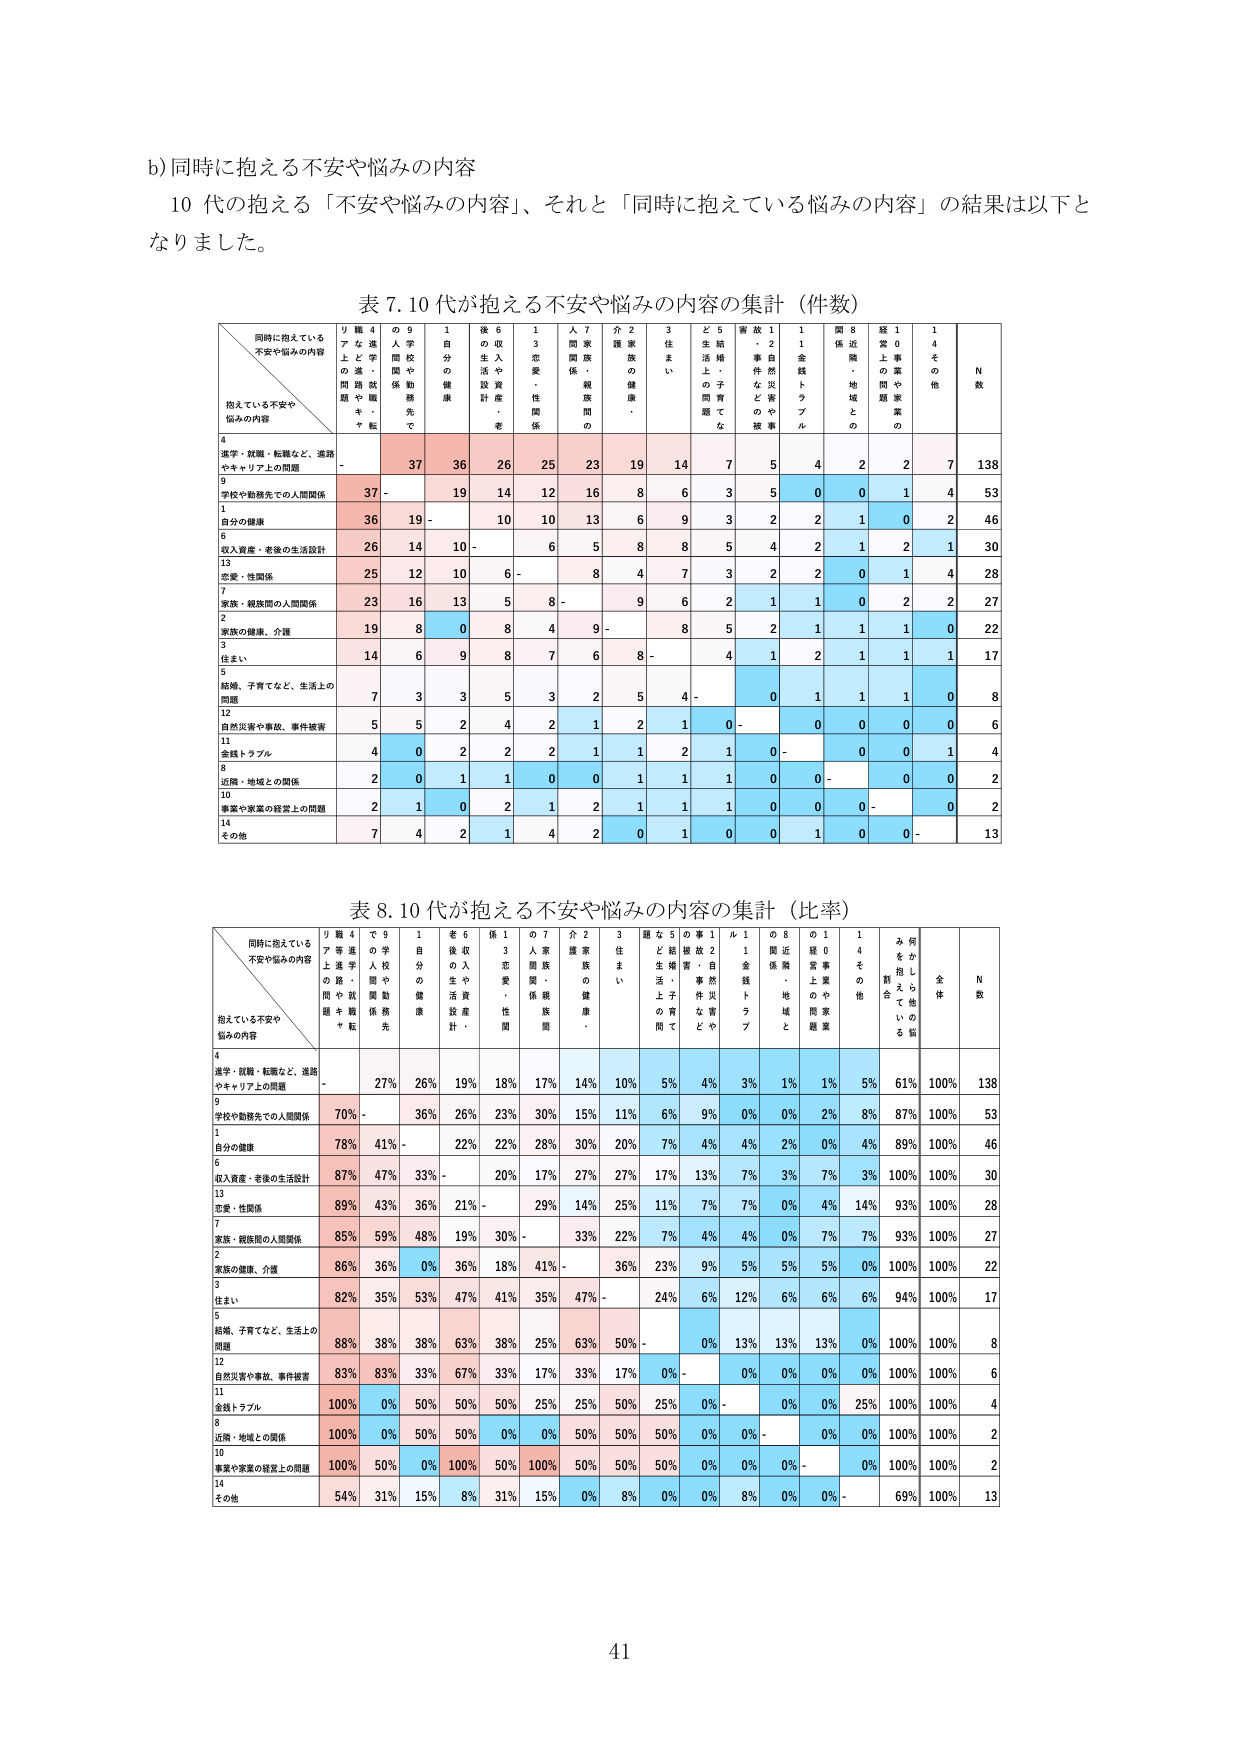
b) 同時に抱える不安や悩みの内容
10 代の抱える「不安や悩みの内容」、それと「同時に抱えている悩みの内容」の結果は以下となりました。

表 7. 10 代が抱える不安や悩みの内容の集計（件数）

同時に対えている
不安や悩みの内容
／
抱えている不安や
悩みの内容
リ職4
アな進
上の進路
問題や職
キ・転
の9
人学校
関や勤
務先
1
自分の
健康
後6
の収入
生活や
設計産・
老
1
恋愛
・性関
係
人7
関家族
係・親
族間の
介2
護家族
の健康
・
3
住まい
ど5
生活上
・の子
育てな
問題
害故・
・2
自然災
件な害
のや
被事
1
金銭ト
ラブル
関8
係近隣
・地域
との
経1
常の
問題
0
事業
や家業
の
1
4
その他
N
数

4
進学・就職・転職など、進路
やキャリア上の問題
-
37
36
26
25
23
19
14
7
5
4
2
2
7
138
9
学校や勤務先での人間関係
37
-
19
14
12
16
8
6
3
5
0
0
1
4
53
1
自分の健康
36
19
-
10
10
13
6
9
3
2
2
1
0
2
46
6
収入資産・老後の生活設計
26
14
10
-
6
5
8
8
5
4
2
1
2
1
30
13
恋愛・性関係
25
12
10
6
-
8
4
7
3
2
2
0
1
4
28
7
家族・親族間の人間関係
23
16
13
5
8
-
9
6
2
1
1
0
2
2
27
2
家族の健康、介護
19
8
0
8
4
9
-
8
5
2
1
1
1
0
22
3
住まい
14
6
9
8
7
6
8
-
4
1
2
1
1
1
17
5
結婚、子育てなど、生活上の
問題
7
3
3
5
3
2
5
4
-
0
1
1
1
0
8
12
自然災害や事故、事件被害
5
5
2
4
2
1
2
1
0
-
0
0
0
0
6
11
金銭トラブル
4
0
2
2
2
1
1
2
1
0
-
0
0
1
4
8
近隣・地域との関係
2
0
1
1
0
0
1
1
1
0
0
-
0
0
2
10
事業や家業の経営上の問題
2
1
0
2
1
2
1
1
1
0
0
0
-
0
2
14
その他
7
4
2
1
4
2
0
1
0
0
1
0
0
-
13

表 8. 10 代が抱える不安や悩みの内容の集計（比率）

同時に対えている
不安や悩みの内容
／
抱えている不安や
悩みの内容
リ職4
アな進
上の進路
問題や職
キ・転
の9
人学校
関や勤
務先
1
自分の
健康
後6
の収入
生活や
設計産・
老
1
恋愛
・性関
係
人7
関家族
係・親
族間の
介2
護家族
の健康
・
3
住まい
ど5
生活上
・の子
育てな
問題
害故・
・2
自然災
件な害
のや
被事
1
金銭ト
ラブル
関8
係近隣
・地域
との
経1
常の
問題
0
事業
や家業
の
1
4
その他
み何
をか
抱えら
しで
ている
割合
全
体
N
数

4
進学・就職・転職など、進路
やキャリア上の問題
-
27%
26%
19%
18%
17%
14%
10%
5%
4%
3%
1%
1%
5%
61%
100%
138
9
学校や勤務先での人間関係
70%
-
36%
26%
23%
30%
15%
11%
6%
9%
0%
0%
2%
8%
87%
100%
53
1
自分の健康
78%
41%
-
22%
22%
28%
30%
20%
7%
4%
4%
2%
0%
4%
89%
100%
46
6
収入資産・老後の生活設計
87%
47%
33%
-
20%
17%
27%
27%
17%
13%
7%
3%
7%
3%
100%
100%
30
13
恋愛・性関係
89%
43%
36%
21%
-
29%
14%
25%
11%
7%
7%
0%
4%
14%
93%
100%
28
7
家族・親族間の人間関係
85%
59%
48%
19%
30%
-
33%
22%
7%
4%
4%
0%
7%
7%
93%
100%
27
2
家族の健康、介護
86%
36%
0%
36%
18%
41%
-
36%
23%
9%
5%
5%
5%
0%
100%
100%
22
3
住まい
82%
35%
53%
47%
41%
35%
47%
-
24%
6%
12%
6%
6%
6%
94%
100%
17
5
結婚、子育てなど、生活上の
問題
88%
38%
38%
63%
38%
25%
63%
50%
-
0%
13%
13%
13%
0%
100%
100%
8
12
自然災害や事故、事件被害
83%
83%
33%
67%
33%
17%
33%
17%
0%
-
0%
0%
0%
0%
100%
100%
6
11
金銭トラブル
100%
0%
50%
50%
50%
25%
25%
50%
25%
0%
-
0%
25%
100%
100%
4
8
近隣・地域との関係
100%
0%
50%
50%
0%
0%
50%
50%
50%
0%
0%
-
0%
0%
100%
100%
2
10
事業や家業の経営上の問題
100%
50%
0%
100%
50%
100%
50%
50%
50%
0%
0%
0%
-
0%
100%
100%
2
14
その他
54%
31%
15%
8%
31%
15%
0%
8%
0%
0%
8%
0%
0%
-
69%
100%
13

41